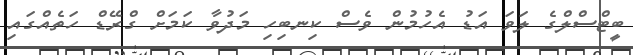
ބީޓްސްލްގެ ލަވަ އަޑު އެހުމުން ވެސް ކިނބިހި މަދުވާ ކަމަށް ގްރޭޑް ހަތެއްގައި